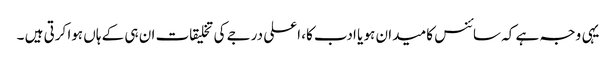
یہی وجہ ہے کہ سائنس کا میدان ہو یا ادب کا، اعلی درجے کی تخلیقات ان ہی کے ہاں ہوا کرتی ہیں ۔